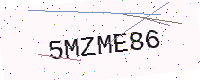
Text: 5MZME86